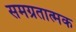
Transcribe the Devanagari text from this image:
समग्रतात्मक